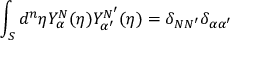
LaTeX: \int _ { S } d ^ { n } { \eta } Y _ { \alpha } ^ { N } ( \eta ) Y _ { \alpha ^ { \prime } } ^ { N ^ { \prime } } ( \eta ) = \delta _ { N N ^ { \prime } } \delta _ { \alpha \alpha ^ { \prime } }